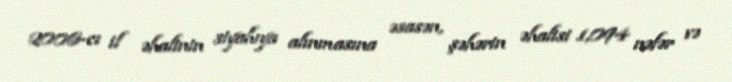
2006-cı il əhalinin siyahıya alınmasına əsasən, şəhərin əhalisi 1,094 nəfər və